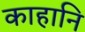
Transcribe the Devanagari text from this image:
काहानि